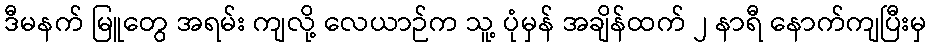
ဒီမနက် မြူတွေ အရမ်း ကျလို့ လေယာဉ်က သူ့ ပုံမှန် အချိန်ထက် ၂ နာရီ နောက်ကျပြီးမှ